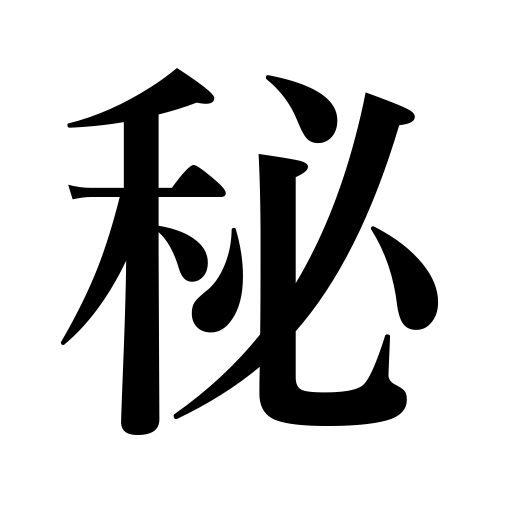
Meanings: keep a secret,secret,conceal